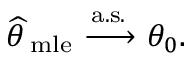
{ \widehat { \theta \, } } _ { \mathrm { m l e } } \ { \xrightarrow { \mathrm { a . s . } } } \ \theta _ { 0 } .